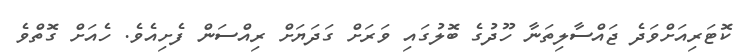
ކޮޓަރިއަށްވަދެ ޖައްސާލިތަނާ ހޫދުގެ ބޮލުގައި ވަރަށް ގަދަޔަށް ރިއްސަން ފެށިއެވެ. ހެއަށް ގޮތްވެ